Vaccination in Bombay 1863-1868 - 1863-1868
Year: 1863
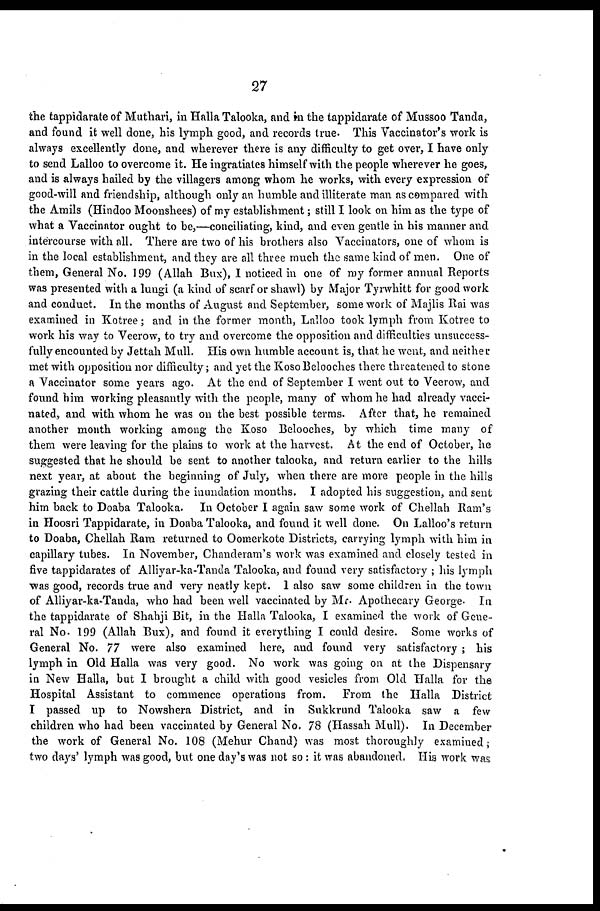
27
the tappidarate of Muthari, in Halla Talooka, and in the tappidarate of Mussoo Tanda,
and found it well done, his lymph good, and records true. This Vaccinator's work is
always excellently done, and wherever there is any difficulty to get over, I have only
to send Lalloo to overcome it. He ingratiates himself with the people wherever he goes,
and is always hailed by the villagers among whom he works, with every expression of
good-will and friendship, although only an humble and illiterate man as compared with
the Amils (Hindoo Moonshees) of my establishment; still I look on him as the type of
what a Vaccinator ought to be,—conciliating, kind, and even gentle in his manner and
intercourse with all. There are two of his brothers also Vaccinators, one of whom is
in the local establishment, and they are all three much the same kind of men. One of
them, General No. 199 (Allah Bux), I noticed in one of my former annual Reports
was presented with a lungi (a kind of scarf or shawl) by Major Tyrwhitt for good work
and conduct. In the months of August and September, some work of Majlis Rai was
examined in Kotree; and in the former month, Lalloo took lymph from Kotree to
work his way to Veerow, to try and overcome the opposition and difficulties unsuccess-
fully encounted by Jettah Mull. His own humble account is, that he went, and neither
met with opposition nor difficulty; and yet the Koso Belooches there threatened to stone
a Vaccinator some years ago. At the end of September I went out to Veerow, and
found him working pleasantly with the people, many of whom he had already vacci-
nated, and with whom he was on the best possible terms. After that, he remained
another month working among the Koso Belooches, by which time many of
them were leaving for the plains to work at the harvest. At the end of October, he
suggested that he should be sent to another talooka, and return earlier to the hills
next year, at about the beginning of July, when there are more people in the hills
grazing their cattle during the inundation months. I adopted his suggestion, and sent
him back to Doaba Talooka. In October I again saw some work of Chellah Ram's
in Hoosri Tappidarate, in Doaba Talooka, and found it well done. On Lalloo's return
to Doaba, Chellah Ram returned to Oomerkote Districts, carrying lymph with him in
capillary tubes. In November, Chanderam's work was examined and closely tested in
five tappidarates of Alliyar-ka-Tanda Talooka, and found very satisfactory ; his lymph
was good, records true and very neatly kept. I also saw some children in the town
of Alliyar-ka-Tanda, who had been well vaccinated by Mr. Apothecary George. In
the tappidarate of Shahji Bit, in the Halla Talooka, I examined the work of Gene-
ral No. 199 (Allah Bux), and found it everything I could desire. Some works of
General No. 77 were also examined here, and found very satisfactory ; his
lymph in Old Halla was very good. No work was going on at the Dispensary
in New Halla, but I brought a child with good vesicles from Old Halla for the
Hospital Assistant to commence operations from.
From the Halla District
I passed up to Nowshera District, and in Sukkrund Talooka saw a few
children who had been vaccinated by General No. 78 (Hassah Mull). In December
the work of General No. 108 (Mehur Chand) was most thoroughly examined;
two days' lymph was good, but one day's was not so : it was abandoned. His work was